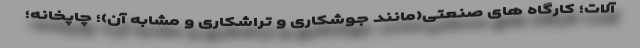
آلات؛ کارگاه های صنعتی(مانند جوشکاری و تراشکاری و مشابه آن)؛ چاپخانه؛